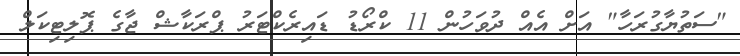
"ސަތުޔާގުރަހާ" އަށް އެއް ދުވަހުން 11 ކްރޯޑު ޑައިރެކްޓަރު ޕްރަކާޝް ޖާގެ ޕޮލިޓިކަލް